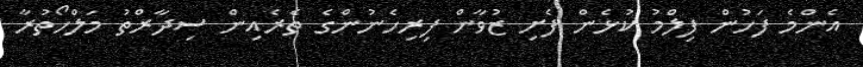
އެންމެ ފަހުން ފިލްމު ކުޅެން ފެށި ޒުވާން ފިރިހެނުންގެ ތެރެއިން ސިދާރްތު މަލްހޯތުރާ